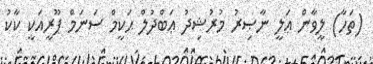
(ތަހާ) ލީވާން ޢަލީ ނާޞިރު މުރުޝިދު ޢަބްދުލް ޙަކީމް ސަނަމް ޕޫރީއަކީ ކާކު